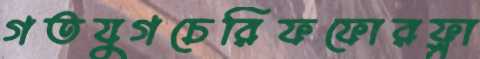
গতযুগচেরিফফোরফ্লা